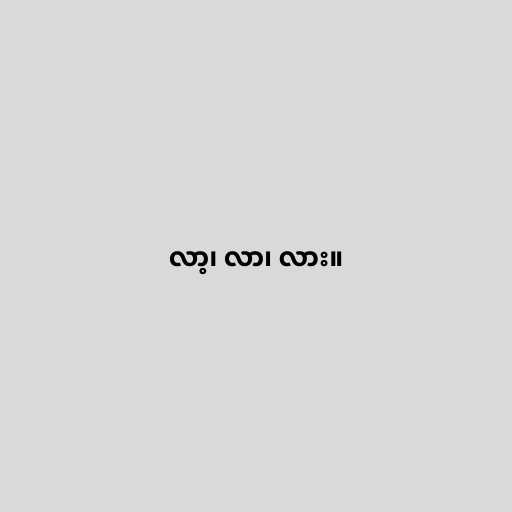
လာ့၊ လာ၊ လား။